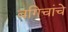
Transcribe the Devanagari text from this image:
बगिचांचे